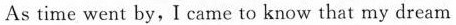
As time went by,I came to know that my dream